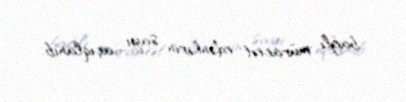
bağlı müraciət edənlərin sayı açıqlanıb.